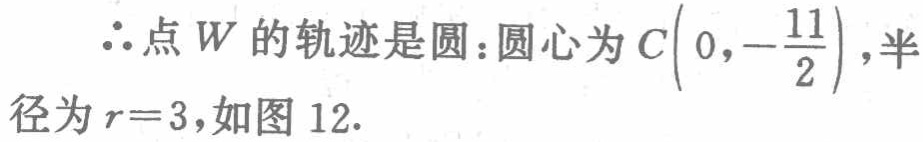
$\therefore$点$W$的轨迹是圆：圆心为$C\left(0,-\dfrac{11}{2}\right)$，半径为$r = 3$，如图 12.